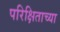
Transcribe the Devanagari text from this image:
परिक्षिताच्या